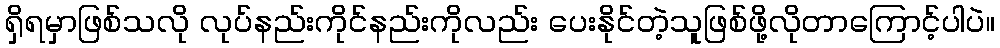
ရှိရမှာဖြစ်သလို လုပ်နည်းကိုင်နည်းကိုလည်း ပေးနိုင်တဲ့သူဖြစ်ဖို့လိုတာကြောင့်ပါပဲ။